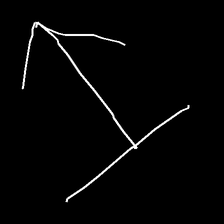
Glyph: levitation